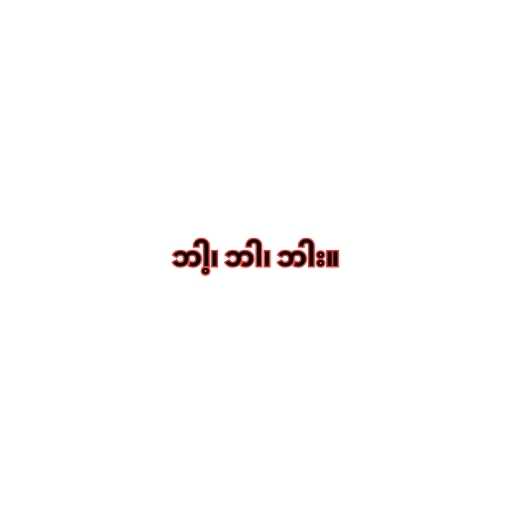
ဘါ့၊ ဘါ၊ ဘါး။